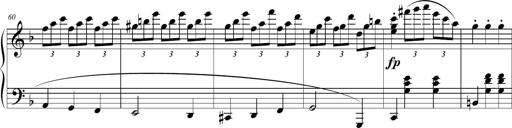
Title: 2 Sonatines faciles et brillantes pour le piano-forte seul
Composer: Carl Czerny